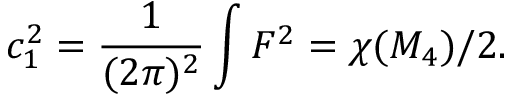
c _ { 1 } ^ { 2 } = { \frac { 1 } { ( 2 \pi ) ^ { 2 } } } \int F ^ { 2 } = \chi ( { \cal M } _ { 4 } ) / 2 .